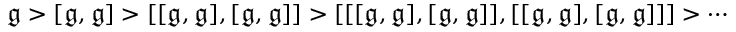
{ \mathfrak { g } } > [ { \mathfrak { g } } , { \mathfrak { g } } ] > [ [ { \mathfrak { g } } , { \mathfrak { g } } ] , [ { \mathfrak { g } } , { \mathfrak { g } } ] ] > [ [ [ { \mathfrak { g } } , { \mathfrak { g } } ] , [ { \mathfrak { g } } , { \mathfrak { g } } ] ] , [ [ { \mathfrak { g } } , { \mathfrak { g } } ] , [ { \mathfrak { g } } , { \mathfrak { g } } ] ] ] > \cdots